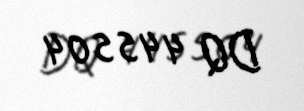
DQ 445504